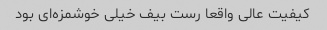
کیفیت عالی واقعا رست بیف خیلی خوشمزه‌ای بود